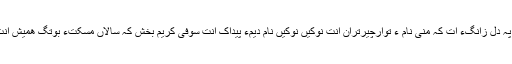
سُبک سُبکءَ مُلاءَ گوشدارگءَ بوت کھدہءِ دل کپان اَت کھدہ تکانسربوان اَت کھدہ نو پہ دل زانگءَ اَت کہ منی نام ءُُ توارچِیرتَران اِنت نوکیں نوکیں نام دیمءَ پیداک اَنت سوفی کریم بخش کہ سالاں مَسکتءَ بوتگ ھَمیش اِنت ھَپتگے بیت کہ رٹائربوتگ ءُُ اھتکگ مُلائے اِسپکرءِ دپءَ سوفیءِ نام ٹِلینگّ ءَ اَت۔